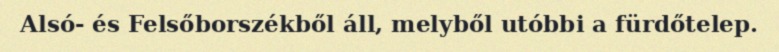
Alsó- és Felsőborszékből áll, melyből utóbbi a fürdőtelep.